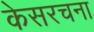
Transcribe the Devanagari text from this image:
केसरचना